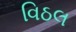
વિઠલ